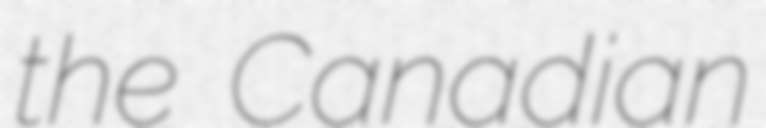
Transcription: the Canadian